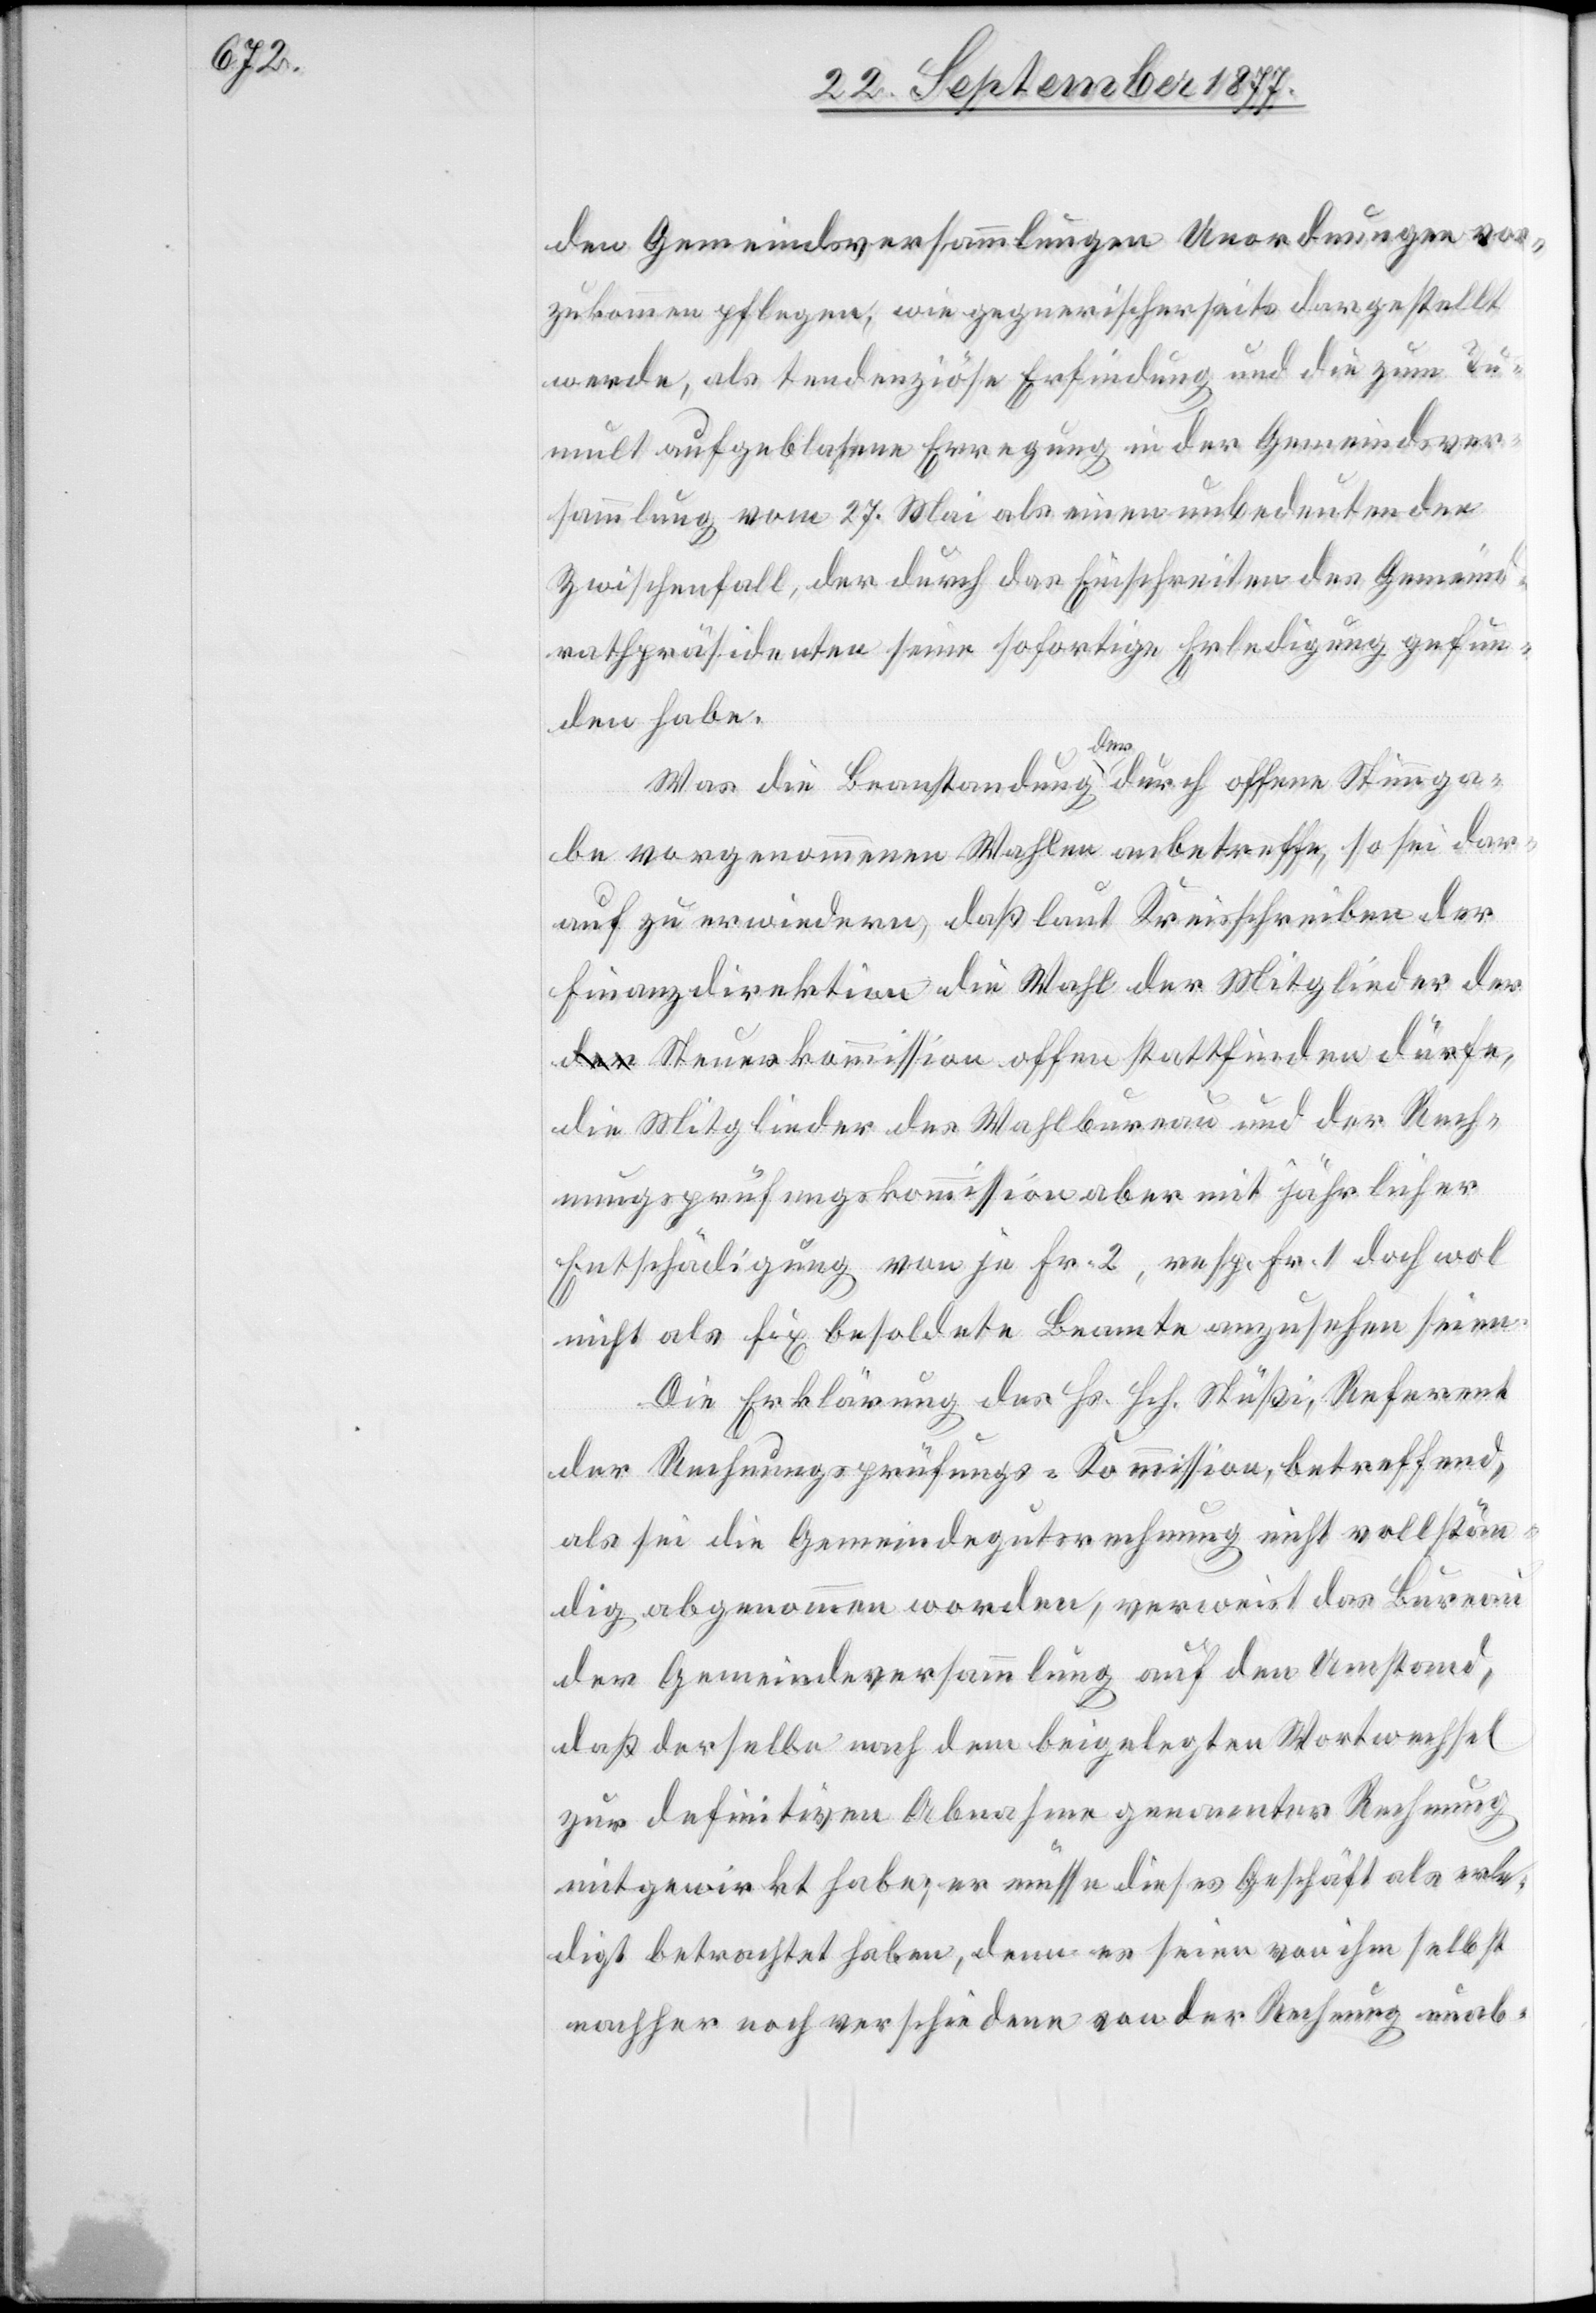
den Gemeindsversammlungen Unordnungen vor¬
zukommen pflegen, wie gegnerischerseits dargestellt
werde, als tendenziöse Erfindung und die zum Tu¬
mult aufgeblasene Erregung in der Gemeindsver¬
sammlung vom 27. Mai als einen unbedeutenden
Zwischenfall, der durch das Einschreiten des Gemeind¬
rathpräsidenten seine sofortige Erledigung gefun¬
den habe.
Was die Beanstandung der durch offene Stimmga¬
be vorgenommenen Wahlen anbetreffe, so sei dar¬
auf zu erwiedern, daß laut Kreisschreiben der
Finanzdirektion die Wahl der Mitglieder der
a-der-a Steuerkommission offen stattfinden dürfe,
die Mitglieder des Wahlbureau und der Rech¬
nungsprüfungskommission aber mit jährlicher
Entschädigung von je Fr. 2, resp. Fr. 1 doch wol
nicht als fix besoldete Beamte anzusehen seien.
Die Erklärung des Hs. Hch. Stüßi, Referent
der Rechnungsprüfungs-Kommission, betreffend,
als sei die Gemeindegutsrechnung nicht vollstän¬
dig abgenommen worden, verweist das Bureau
der Gemeindeversammlung auf den Umstand,
daß derselbe nach dem beigelegten Wortwechsel
zur definitiven Abnahme genannter Rechnung
mitgewirkt habe; er müsse dieses Geschäft als erle¬
digt betrachtet haben, denn es seien von ihm selbst
nachher noch verschiedene von der Rechnung unab-